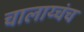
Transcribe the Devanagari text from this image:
चालाय्चंच